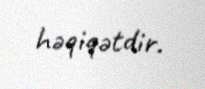
həqiqətdir.